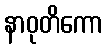
နာဝုတိကော